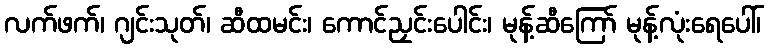
လက်ဖက်၊ ဂျင်းသုတ်၊ ဆီထမင်း၊ ကောင်ညှင်းပေါင်း၊ မုန့်ဆီကြော် မုန့်လုံးရေပေါ်၊